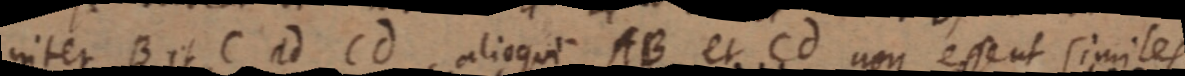
inter B et C ad Cd, alioqui AB et Cd non essent similes